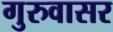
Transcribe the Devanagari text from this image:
गुरुवासर